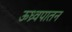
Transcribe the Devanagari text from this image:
ऊध्र्वपातन